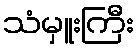
သံမှူးကြီး